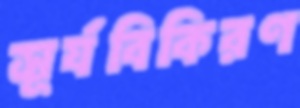
সূর্যবিকিরণ